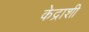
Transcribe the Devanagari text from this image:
केद्राशी